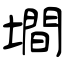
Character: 墹